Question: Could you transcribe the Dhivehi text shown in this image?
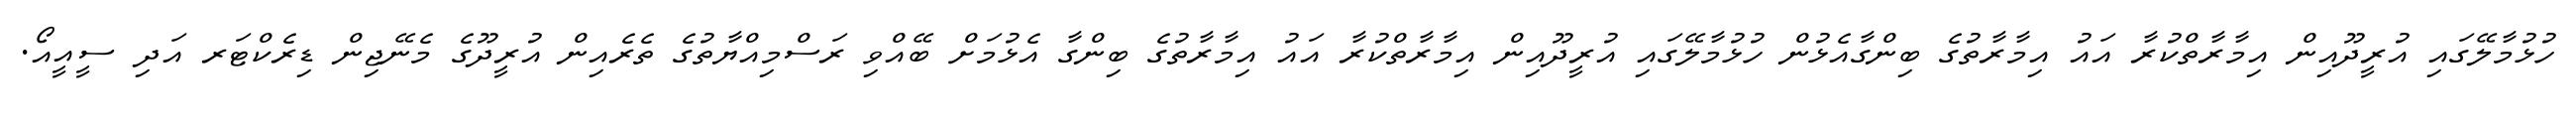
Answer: ހުޅުމާލޭގައި އުރީދޫއިން އިމާރާތްކުރާ އައު އިމާރާތުގެ ބިންގާއެޅުން ހުޅުމާލޭގައި އުރީދޫއިން އިމާރާތްކުރާ އައު އިމާރާތުގެ ބިންގާ އެޅުމަށް ބޭއްވި ރަސްމިއްޔާތުގެ ތެރެއިން އުރީދޫގެ މެނޭޖިން ޑިރެކްޓަރ އަދި ސީއީއޯ.